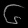
Digit: ၆